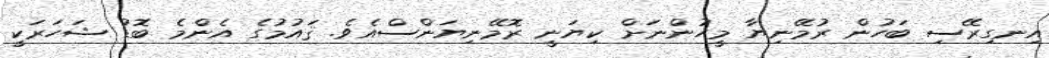
އިނގިރޭސި ބަހުން ރުމޭނިޔާ މީހުންނަށް ކިޔަނީ ރޮމޭނިޔަންސްއެވެ. ޤައުމުގެ އެންމެ ބޮޑު ޝަހަރަކީ